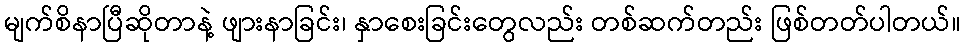
မျက်စိနာပြီဆိုတာနဲ့ ဖျားနာခြင်း၊ နှာစေးခြင်းတွေလည်း တစ်ဆက်တည်း ဖြစ်တတ်ပါတယ်။